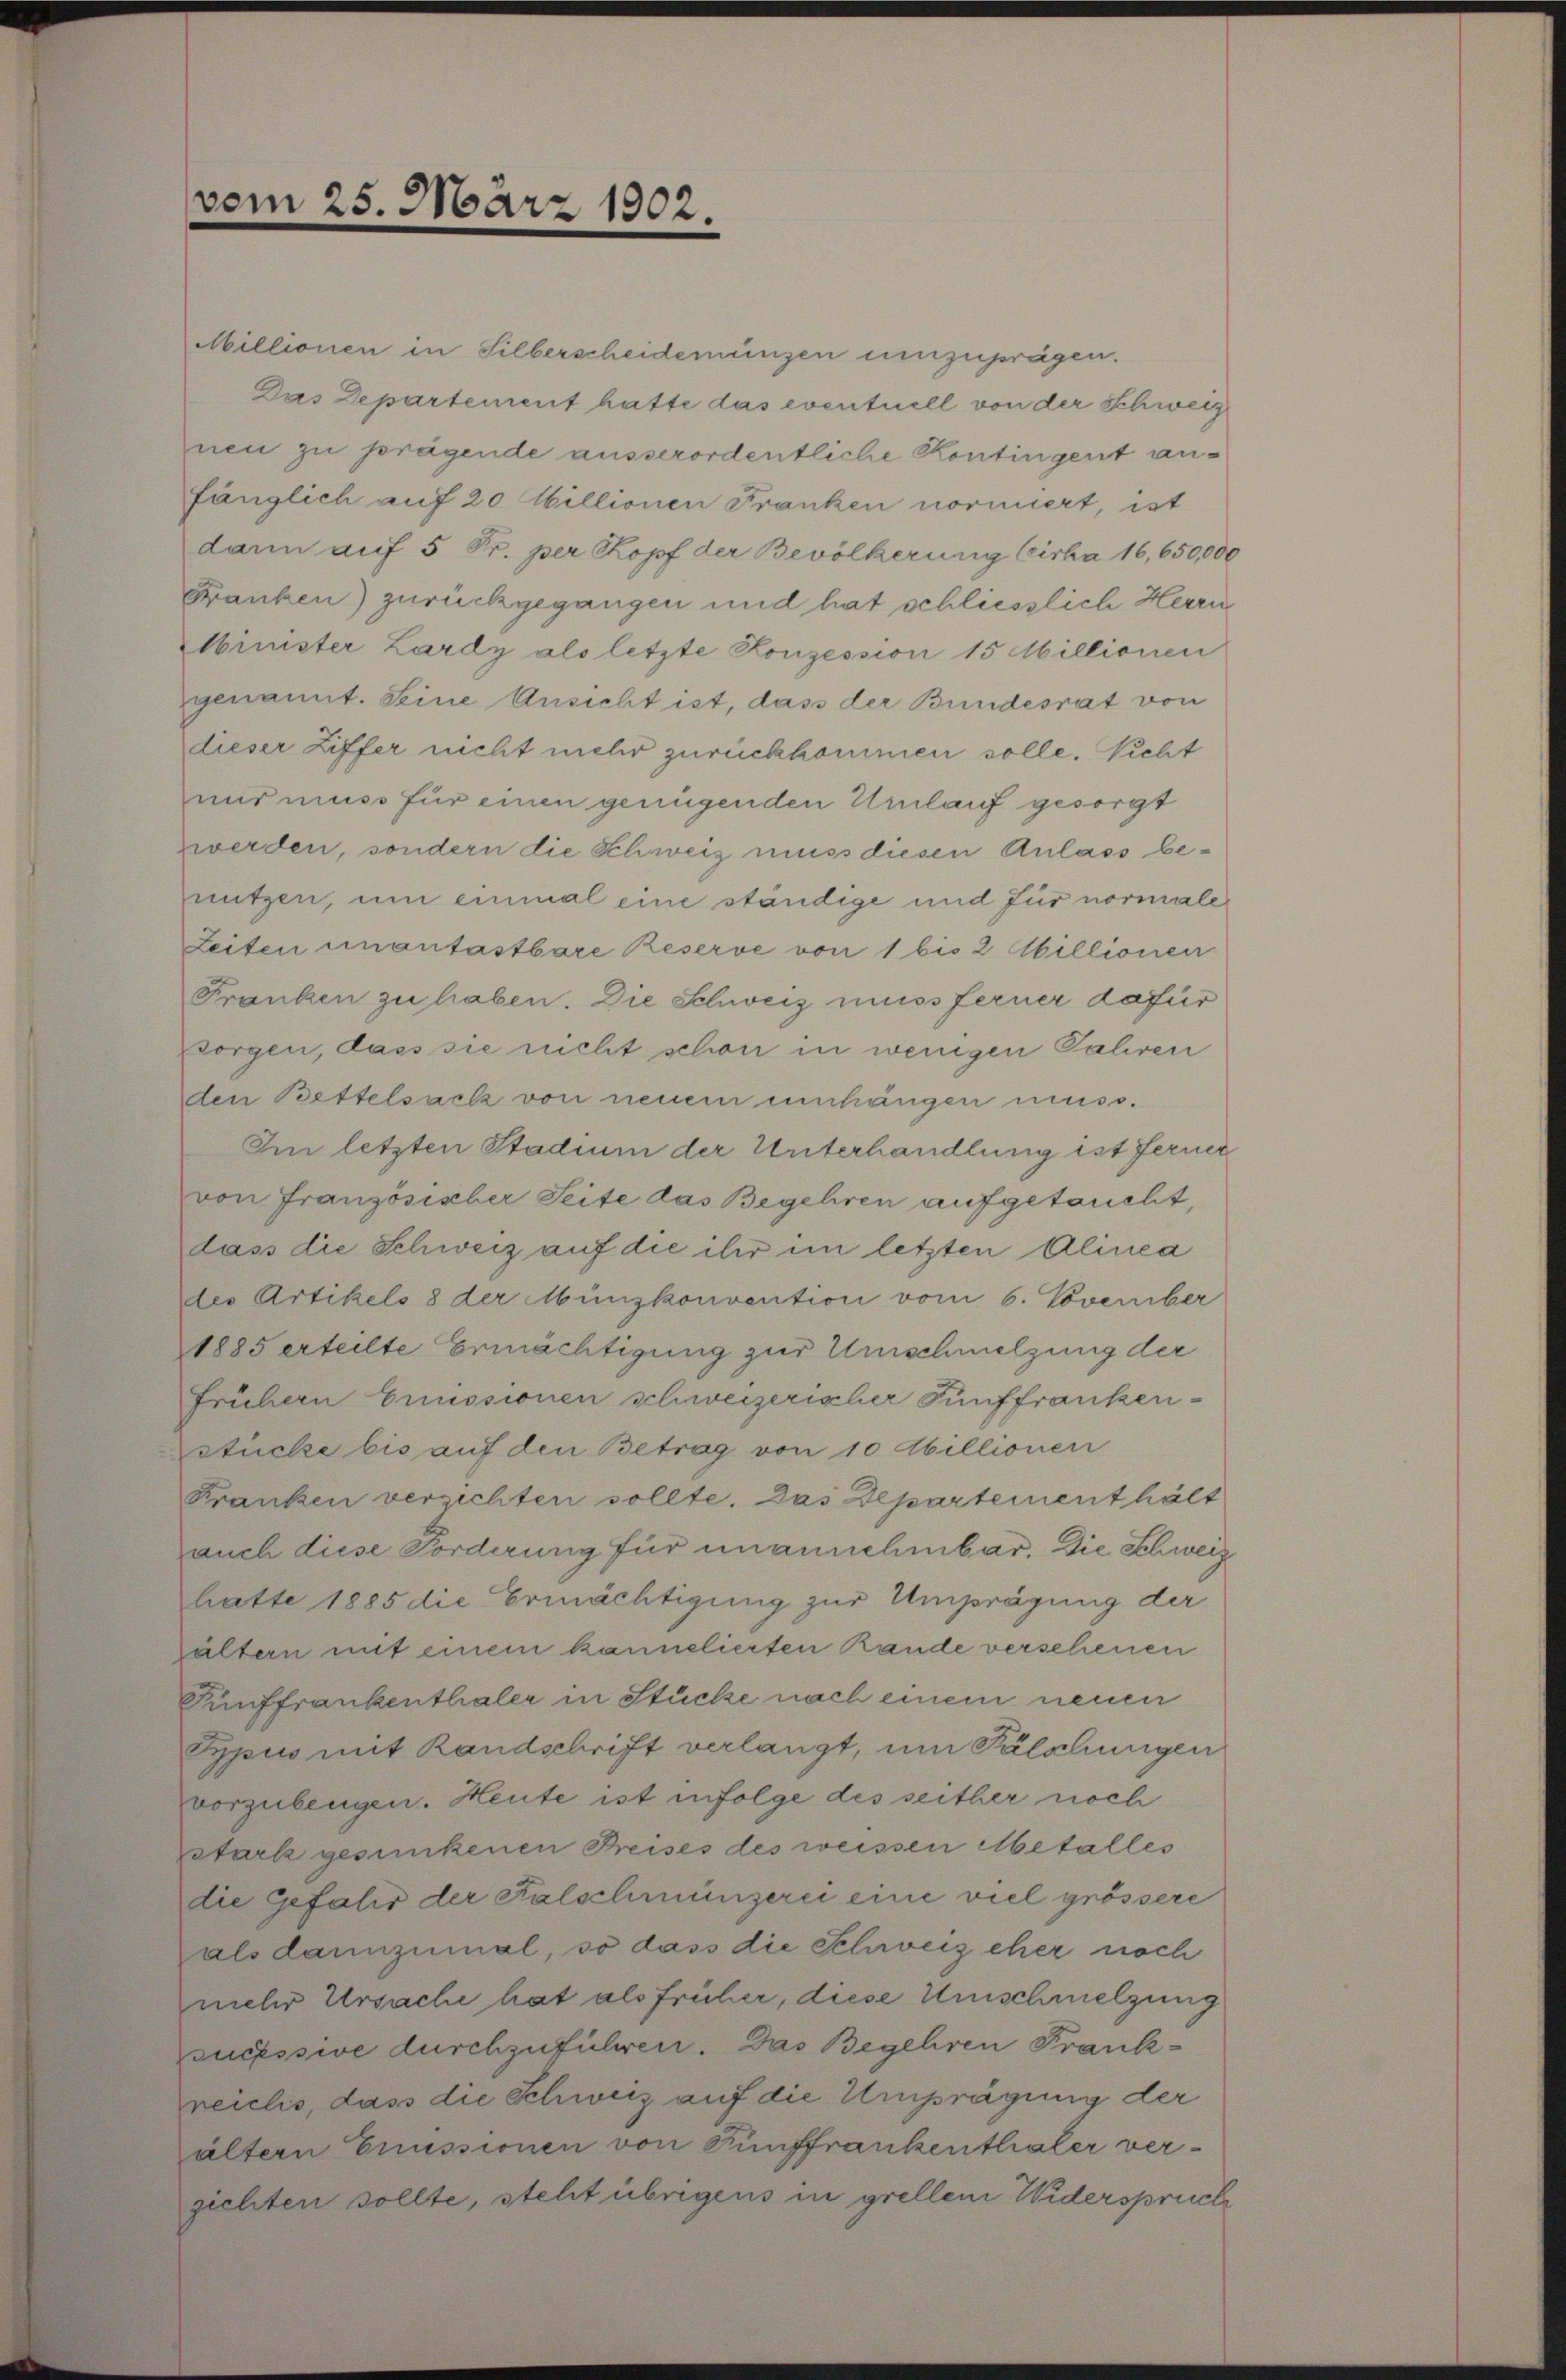
Millionen in Silberscheidemünzen umzuprägen.
Das Departement hatte das eventuell von der Schweiz
nen zu prägende ausserordentliche Kontingent anfänglich auf 20 Millionen Franken normiert, ist
dann auf 5 Sr. per Kopf der Bevölkerung Cisha 16,650,000
Franken) zurückgegangen und hat schliesslich Herrn
Minister Lardy als letzte Konzession 15 Millionen
genannt. Seine Ansicht ist, dass der Bundesrat von
dieser Ziffer nicht mehr zurückkommen solle. Sicht
und muss für einen genügenden Umlauf gesorgt
werden, sondern die Schweiz muss diesen Anlass benutzen, um einmal eine ständige und für normale
Leiten unantastbare Reserve von 1 bis 2 billionen
Franken zu haben. Die Schweiz muss ferner dafür
sorgen, dass sie nicht schon in wenigen Jahren
den Bettelsack von neuem einhängen muss.
Im letzten Stadium der Unterhandlung ist ferner
von Französisber Seite das Begehren aufgetaucht,
dass die Schweiz auf die ihr im letzten Alinea
des Artikels 8 der Münzkonvention vom 6. November
1885 erteilte Ermächtigung zur Umschmelzung der
Frühern Emissionen schweizerischer Fünffranken-
Estücke bis auf den Betrag von 10 Abillionen
Franken verzichten sollte. Das Departementhält
auch diese Forderung für unannehmbar. Die Schweiz
hatte 1885 die Ermächtigung zur Umprägung der
ältern mit einem kannelierten Rande verschenen
Fünffrankenthaler in Stücke nach einem neuen
Sypus mit Randschrift verlangt, um Falschungen
vorzubeugen. Heute ist infolge des seither noch
stark gesunkenen Preises des weissen Metalles
die Gefahr der Falschmünzerei eine viel grössere
alsdannzumal, so dass die Schweiz eher noch
mehr Ursache hat als früher, diese Umschmelzung
sucessive durchzuführen. Das Begehren Frankreichs, dass die Schweiz auf die Umprägung der
ältern Emissionen von Fünffrankenthaler verzichten sollte, steht übrigens in grellem Widerspruch

vom 25. März 1902